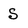
Character: S